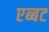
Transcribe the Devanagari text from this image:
एब्बट